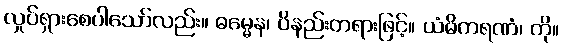
လှုပ်ရှားစေပါသော်လည်း။ ဓမ္မေန၊ ဝိနည်းတရားဖြင့်။ ယံဓိကရဏံ၊ ကို။